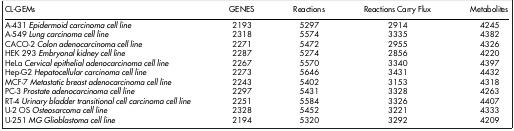
<table><thead><tr><td><b>CL-GEMs</b></td><td><b>GENES</b></td><td><b>Reactions</b></td><td><b>Reactions Carry Flux</b></td><td><b>Metabolites</b></td></tr></thead><tbody><tr><td>A-431 <i>Epidermoid carcinoma cell line</i></td><td>2193</td><td>5297</td><td>2914</td><td>4245</td></tr><tr><td>A-549 <i>Lung carcinoma cell line</i></td><td>2318</td><td>5574</td><td>3335</td><td>4382</td></tr><tr><td>CACO-2 <i>Colon adenocarcinoma cell line</i></td><td>2271</td><td>5472</td><td>2955</td><td>4326</td></tr><tr><td>HEK 293 <i>Embryonal kidney cell line</i></td><td>2287</td><td>5274</td><td>2856</td><td>4220</td></tr><tr><td>HeLa <i>Cervical epithelial adenocarcinoma cell line</i></td><td>2267</td><td>5570</td><td>3340</td><td>4397</td></tr><tr><td>Hep-G2 <i>Hepatocellular carcinoma cell line</i></td><td>2273</td><td>5646</td><td>3431</td><td>4432</td></tr><tr><td>MCF-7 <i>Metastatic breast adenocarcinoma cell line</i></td><td>2243</td><td>5402</td><td>3153</td><td>4318</td></tr><tr><td>PC-3 <i>Prostate adenocarcinoma cell line</i></td><td>2297</td><td>5431</td><td>3328</td><td>4263</td></tr><tr><td>RT-4 <i>Urinary bladder transitional cell carcinoma cell line</i></td><td>2251</td><td>5584</td><td>3326</td><td>4407</td></tr><tr><td>U-2 OS <i>Osteosarcoma cell line</i></td><td>2328</td><td>5452</td><td>3221</td><td>4333</td></tr><tr><td>U-251 <i>MG Glioblastoma cell line</i></td><td>2194</td><td>5320</td><td>3292</td><td>4209</td></tr></tbody></table>